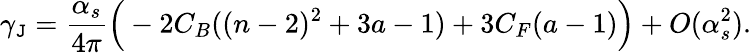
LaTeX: \gamma_{\mathtt{J}}=\frac{{\alpha_{s}}}{{4\pi}}\Big(-2C_{B}((n-2)^{2}+3a-1)+3C_{F}(a-1)\Big)+O(\alpha_{s}^{2}).